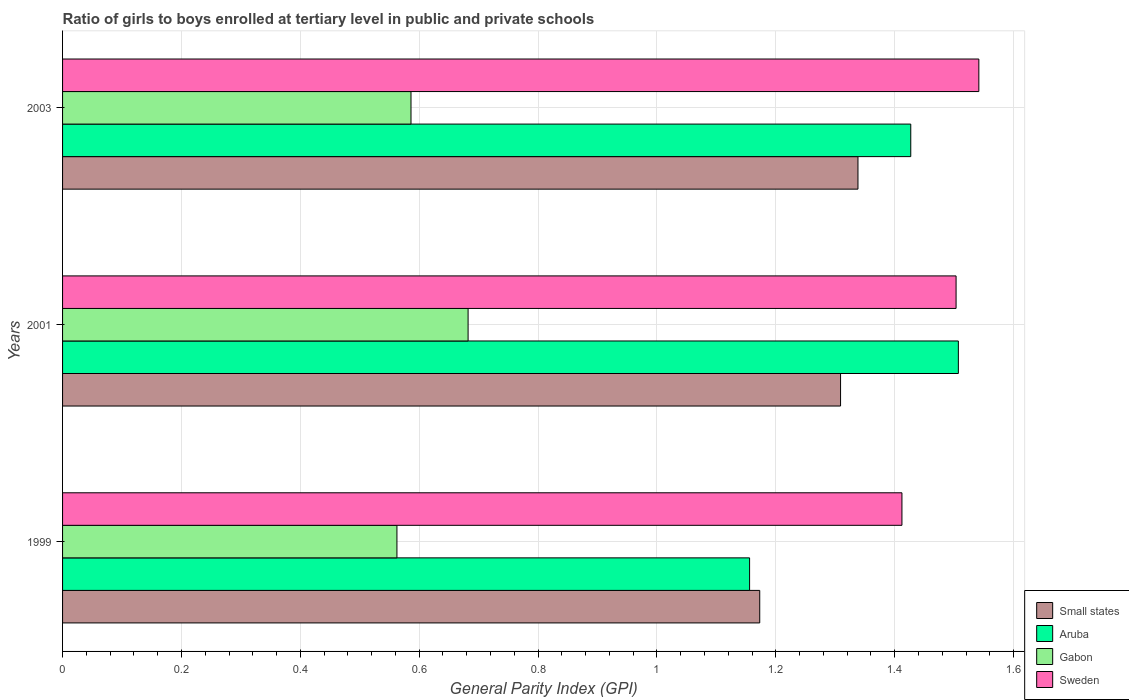
| Years | Small states | Aruba | Gabon | Sweden |
 | --- | --- | --- | --- | --- |
 | 1999 | 1.17 | 1.16 | 0.563 | 1.41 |
 | 2001 | 1.31 | 1.51 | 0.682 | 1.5 |
 | 2003 | 1.34 | 1.43 | 0.586 | 1.54 |